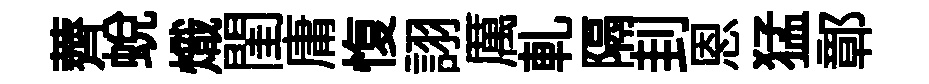
薺蜕熾閨庸愎詡厲軋隔刲恩猛鄣